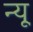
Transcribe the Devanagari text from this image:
न्यू़